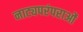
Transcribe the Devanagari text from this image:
नाट्यपरंपराओं